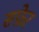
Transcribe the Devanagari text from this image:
सफ़ेर